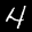
Label: 4